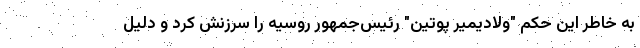
به خاطر این حکم "ولادیمیر پوتین" رئیس‌جمهور روسیه را سرزنش کرد و دلیل